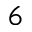
6